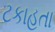
ટકાહતા